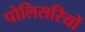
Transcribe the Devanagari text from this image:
पोलिसरियों